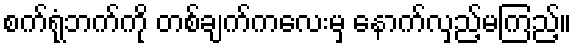
စက်ရုံဘက်ကို တစ်ချက်ကလေးမှ နောက်လှည့်မကြည့်။